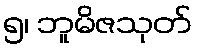
၅၊ ဘူမိဇသုတ်